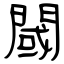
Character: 閾